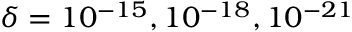
\delta = 1 0 ^ { - 1 5 } , 1 0 ^ { - 1 8 } , 1 0 ^ { - 2 1 }